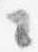
々